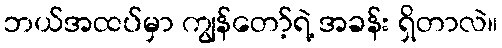
ဘယ်အထပ်မှာ ကျွန်တော့်ရဲ့ အခန်း ရှိတာလဲ။